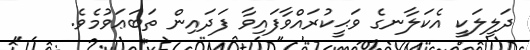
ދަލީލަކީ އެކަލާނގެ ވަޙީކުރައްވާފައިވާ ފަދައިން ތަބަޢަވުމެވެ.